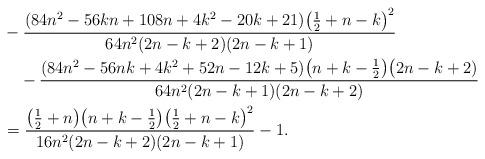
LaTeX: \begin{align*}& -\frac{(84n^2 - 56kn + 108n + 4k^2 - 20k + 21) \bigl(\frac{1}{2} + n-k\bigr)^2}{64n^2 (2n-k+2)(2n-k+1)} \\&\quad- \frac{(84n^2 - 56nk + 4k^2 + 52n - 12k + 5) \bigl(n+k - \frac{1}{2}\bigr) \bigl(2n-k+2)}{64n^2 (2n-k+1)(2n-k+2)} \\&= \frac{\bigl(\frac{1}{2} + n \bigr) \bigl(n+k - \frac{1}{2} \bigr) \bigl(\frac{1}{2} + n-k \bigr)^2}{16n^2 (2n-k+2)(2n-k+1)} -1.\end{align*}